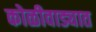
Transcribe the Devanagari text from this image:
कोळीवाड्यात